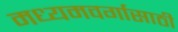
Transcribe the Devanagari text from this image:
मध्यमवर्गासाठी